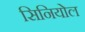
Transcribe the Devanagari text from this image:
सिनियोल